Annual report on the working of the lock hospitals in the Central Provinces
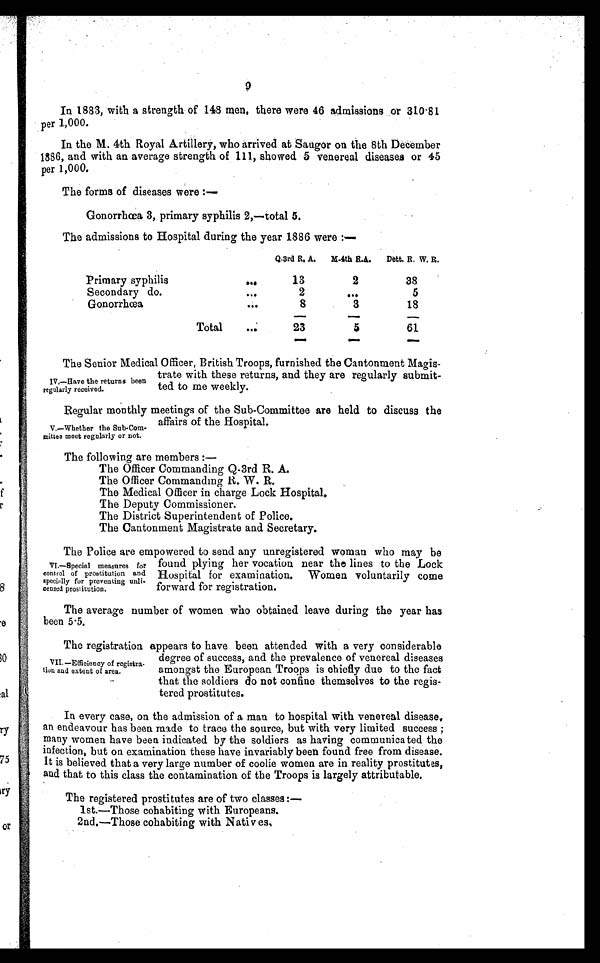
In 1883, with a strength of 148 men, there were 46 admissions or 310·81
per 1,000.
In the M. 4th Royal Artillery, who arrived at Saugor on the 8th December
1886, and with an average strength of 111, showed 5 venereal diseases or 45
per 1,000.
The forms of diseases were :—
Gonorrhœa 3, primary syphilis 2,—total 5.
The admissions to Hospital during the year 1886 were :—
Q. 3rd R. A.
M-4th R. A.
Dett. R. W. R.
Primary syphilis
.. .
13
2
38
Secondary do.
...
2
. . .
5
Gonorrhœa
...
8
3
18
Total
. . .
23
5
61
The Senior Medical Officer, British Troops, furnished the Cantonment Magis-
trate with these returns, and they are regularly submit-
ted to me weekly.
Regular monthly meetings of the Sub-Committee are held to discuss the
affairs of the Hospital.
The following are members :
—
The Officer Commanding Q-3rd R. A.
The Officer Commanding R. W. R.
The Medical Officer in charge Lock Hospital
.
The Deputy Commissioner.
The District Superintendent of Police.
The Cantonment Magistrate and Secretary.
The Police are empowered to send any unregistered woman who may be
found plying her vocation near the lines to the Lock
Hospital for examination. Women voluntarily come
forward for registration.
The average number of women who obtained leave during the year has
been 5.5.
The registration appears to have been attended with a very considerable
degree of success, and the prevalence of venereal diseases
amongst the European Troops is chiefly due to the fact
that the soldiers do not confine themselves to the regis-
tered prostitutes.
In every case, on the admission of a man to hospital with venereal disease,
an endeavour has been made to trace the source, but with very limited success ;
many women have been indicated by the soldiers as having communica ted the
infection, but on examination these have invariably been found free from disease.
It is believed that a very large number of coolie women are in reality prostitutes,
and that to this class the contamination of the Troops is largely attributable.
The registered prostitutes are of two classes :
—
1st.—Those cohabiting with Europeans.
2nd. —Those cohabi t i ng wi t h Nat i ves.
IV.—Have the returns been
regularly received.
V.—Whether the Sub-Com-
mittee meet regularly or not.
VI.—Special measures for
control of prostitution and
specially for preventing unli-
censed prosritution.
VII.—Efficiency of registra-
tion and extent of area.